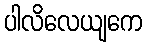
ပါလိလေယျကေ